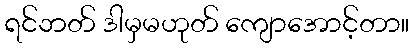
ရင်ဘတ် ဒါမှမဟုတ် ကျောအောင့်တာ။